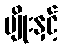
မျိုးနှင့်